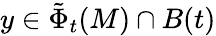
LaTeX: y\in\tilde{\Phi}_{t}(M)\cap B(t)